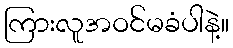
ကြားလူအဝင်မခံပါနဲ့။